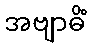
အဗျာဓိံ